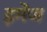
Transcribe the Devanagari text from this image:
इमेंज